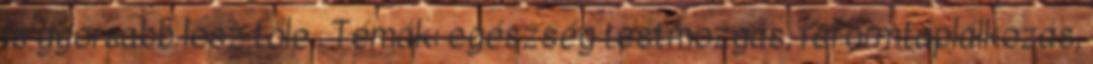
is gyorsabb lesz tőle . Témák: egészség testmozgás, reformtáplálkozás,